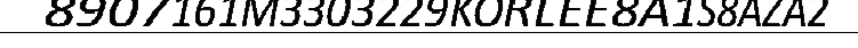
8907161M3303229KORLEE8A1S8AZA2